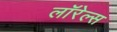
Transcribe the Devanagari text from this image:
लॉरेल्स